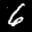
Label: 6